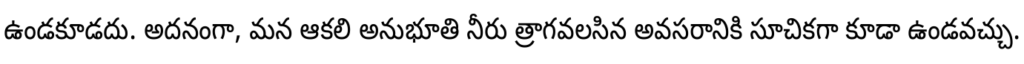
ఉండకూడదు. అదనంగా, మన ఆకలి అనుభూతి నీరు త్రాగవలసిన అవసరానికి సూచికగా కూడా ఉండవచ్చు.